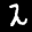
Label: 2